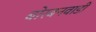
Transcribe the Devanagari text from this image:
बोरबनवाडी